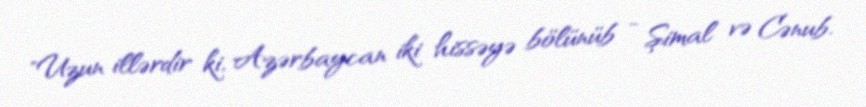
"Uzun illərdir ki, Azərbaycan iki hissəyə bölünüb - Şimal və Cənub.